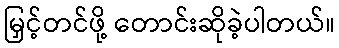
မြှင့်တင်ဖို့ တောင်းဆိုခဲ့ပါတယ်။